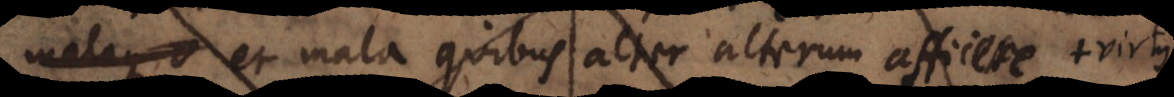
a et mala quibus alter alterum afficere